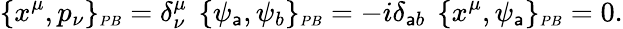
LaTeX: \{ x^{\mu},p_{\nu}\} _{\scriptscriptstyle{PB}}=\delta_{\nu}^{\mu}\, \ \{ \psi_{\mathsf{a}},\psi_{b}\} _{\scriptscriptstyle{PB}}=-i\delta_{\mathsf{a}b}\, \ \{ x^{\mu},\psi_{\mathsf{a}}\} _{\scriptscriptstyle{PB}}=0.